Lunatic asylums United Prov. 1922-30 - 1922-1930
Year: 1922
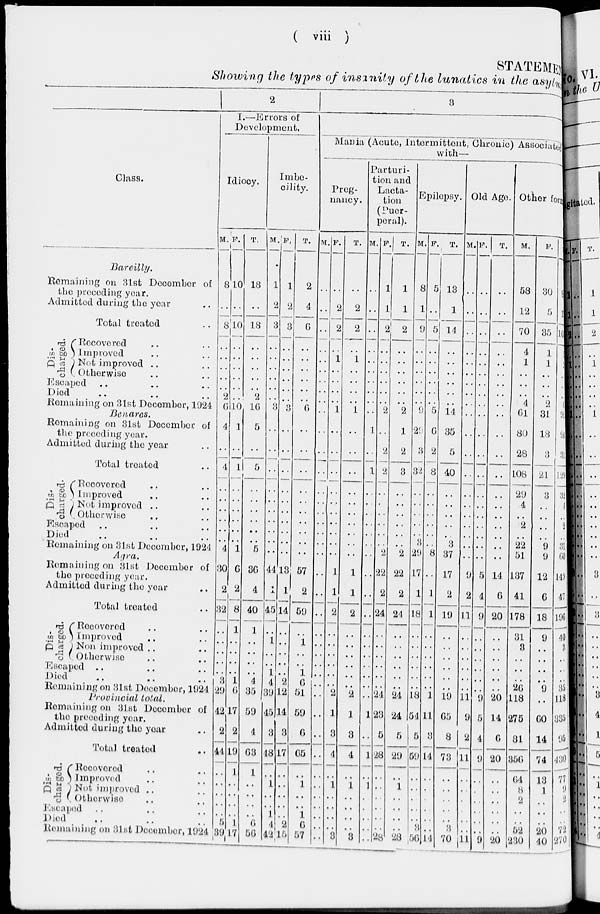
( viii )
STATEMENT
Showing the types of insanity of the lunatics in the asylum
1
Class.
Bareilly.
Remaining on 31st December of
the preceding year.
Admitted during the year ..
Total treated ..
Discharged.
Recovered .. ..
Improved .. ..
Not improved .. ..
Otherwise .. ..
Escaped .. .. ..
Died .. .. ..
Remaining on 31st December, 1924
Benares,
Remaining on 31st December of
the preceding year.
Admitted during the year ..
Total treated ..
Dis-
charged.
Recovered .. ..
Improved .. ..
Not improved .. ..
Otherwise
Escaped .. .. ..
Died .. .. ..
Remaining on 31st December, 1924
Agra.
Remaining on 31st December of
the preceding year.
Admitted during the year ..
Total treated ..
Dis-
charged.
Recovered .. ..
Improved .. ..
Non improved .. ..
Otherwise .. ..
Escaped
..
Died .. .. ..
Remaining on 31st December, 1924
Provincial total.
Remaining on 31st December of
the preceding year.
Admitted during the year ..
Total treated ..
Dis-
charged.
Recovered .. ..
Improved .. ..
Not improved .. ..
Otherwise .. ..
Escaped .. .. ..
Died .. .. ..
Remaining on 31st December, 1924
2
I.—Errors of
Development.
Idiocy.
M.
8
..
8
..
..
..
..
..
2
6
4
..
4
..
..
..
..
..
..
4
30
2
32
..
..
..
..
..
3
29
42
2
44
..
..
..
..
..
5
39
F.
10
..
10
..
..
..
..
..
..
10
1
..
1
..
..
..
..
..
..
1
6
2
8
1
..
..
..
..
1
6
17
2
19
1
..
..
..
..
1
17
T.
18
..
18
..
..
..
..
..
2
16
5
..
5
..
..
..
..
..
..
5
36
4
40
1
..
..
..
..
4
35
59
4
63
1
..
..
..
..
6
56
Imbe-
cility.
M.
1
2
3
..
..
..
..
..
..
3
..
..
..
..
..
..
..
..
..
..
44
1
45
..
1
1
..
1
4
39
45
3
48
..
1
..
..
1
4
42
F.
1
2
3
..
..
..
..
..
..
3
..
..
..
..
..
..
..
..
..
..
13
1
14
..
..
..
..
..
2
12
14
3
17
..
..
..
..
..
2
15
T.
2
4
6
..
..
..
..
..
..
6
..
..
..
..
..
..
..
..
..
..
57
2
59
..
1
1
..
1
6
51
59
6
65
..
1
..
..
1
6
57
3
Mania (Acute, Intermittent, Chronic) Associated
with—
Pregnancy.
M.
..
..
..
..
..
..
..
..
..
..
..
..
..
..
..
..
..
..
..
..
..
..
..
..
..
..
..
..
..
..
..
..
..
..
..
..
..
..
..
..
F.
..
2
2
..
1
..
..
..
..
1
..
..
..
..
..
..
..
..
..
..
1
1
2
..
..
..
..
..
..
2
1
3
4
..
1
..
..
..
..
3
T.
..
2
2
..
1
..
..
..
..
1
..
..
..
..
..
..
..
..
..
..
1
1
2
..
..
..
..
..
..
2
1
3
4
..
1
..
..
..
..
3
Parturi-
tion and
Lacta-
tion
(Puerperal).
M.
..
..
. .
..
..
..
..
..
..
..
1
..
1
..
..
..
..
..
..
..
..
..
..
..
..
..
..
..
..
..
1
..
1
..
1
..
..
..
..
..
F.
1
1
2
..
..
..
..
..
..
2
..
2
2
..
..
..
..
..
..
2
22
2
24
..
..
..
..
..
..
24
23
5
28
..
..
..
..
..
..
28
T.
1
1
2
..
..
..
..
..
..
2
1
2
3
..
..
..
..
..
..
2
22
2
24
..
..
..
..
..
..
24
24
5
29
..
1
..
..
..
..
28
Epilepsy.
M.
8
1
9
..
..
..
..
..
..
9
29
3
32
..
..
..
..
..
3
29
17
1
18
..
..
..
..
..
..
18
54
5
59
..
..
..
..
..
..
56
F.
5
..
5
..
..
..
..
..
..
5
6
2
8
..
..
..
..
..
..
8
..
1
1
..
..
..
..
..
..
1
11
3
14
..
..
..
..
..
..
14
T.
13
1
14
..
..
..
..
..
..
14
35
5
40
..
..
..
..
..
3
37
17
2
19
..
..
..
..
..
..
19
65
8
73
..
..
..
..
..
..
70
Old Age.
M.
..
..
..
..
..
..
..
..
..
..
..
..
..
..
..
..
..
..
..
..
9
2
11
..
..
..
..
..
..
11
9
2
11
..
..
..
..
..
..
11
F.
..
..
..
..
..
..
..
..
..
..
..
..
..
...
..
..
..
..
..
..
5
4
9
..
..
..
..
..
..
9
5
4
9
..
..
..
..
..
..
9
T.
..
..
..
..
..
..
..
..
..
..
..
..
..
..
..
..
..
..
..
..
14
6
20
..
..
..
..
..
..
20
14
6
20
..
..
..
..
..
..
20
Other form
M.
58
12
70
4
1
..
..
..
4
61
80
28
108
29
4
..
2 ..
22
51
137
41
178
31
3
..
..
..
26
118
275
81
356
64
8
2
..
..
52
230
F.
30
5
35
1
1
..
..
..
2
31
18
3
21
3
..
..
..
..
9
9
12
6
18
9
..
..
..
..
9
..
..
60
14
74
13
1
..
..
..
20
40
T.
88
17
105
5
2
..
..
..
6
92
98
31
129
32
4
..
2
..
31
60
149
47
196
40
3
..
..
..
35
118
335
95
430
77
9
2
..
..
72
270